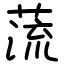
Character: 蓅